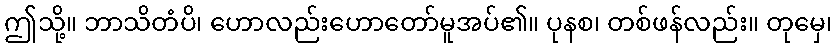
ဤသို့။ ဘာသိတံပိ၊ ဟောလည်းဟောတော်မူအပ်၏။ ပုနစ၊ တစ်ဖန်လည်း။ တုမှေ၊